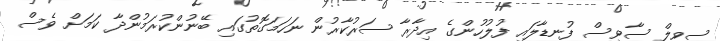
ސިވިލް ސާވިސް ފުނޑާލައި ފުލުހުންގެ އިދާރާ ސަރުކާރުން ނަހަމަގޮތުގައި ބޭނުންކުރަމުންދާ ކަމަށް ވެސް